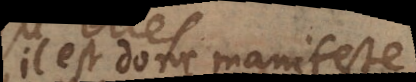
il est donc manifeste